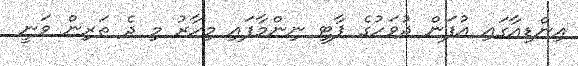
އިންޑިއާގައި އުފަން ދުވަހުގެ ޕާޓީ ނިންމާފައި މިހާރު މި ދެ ތަރިން ވަނީ